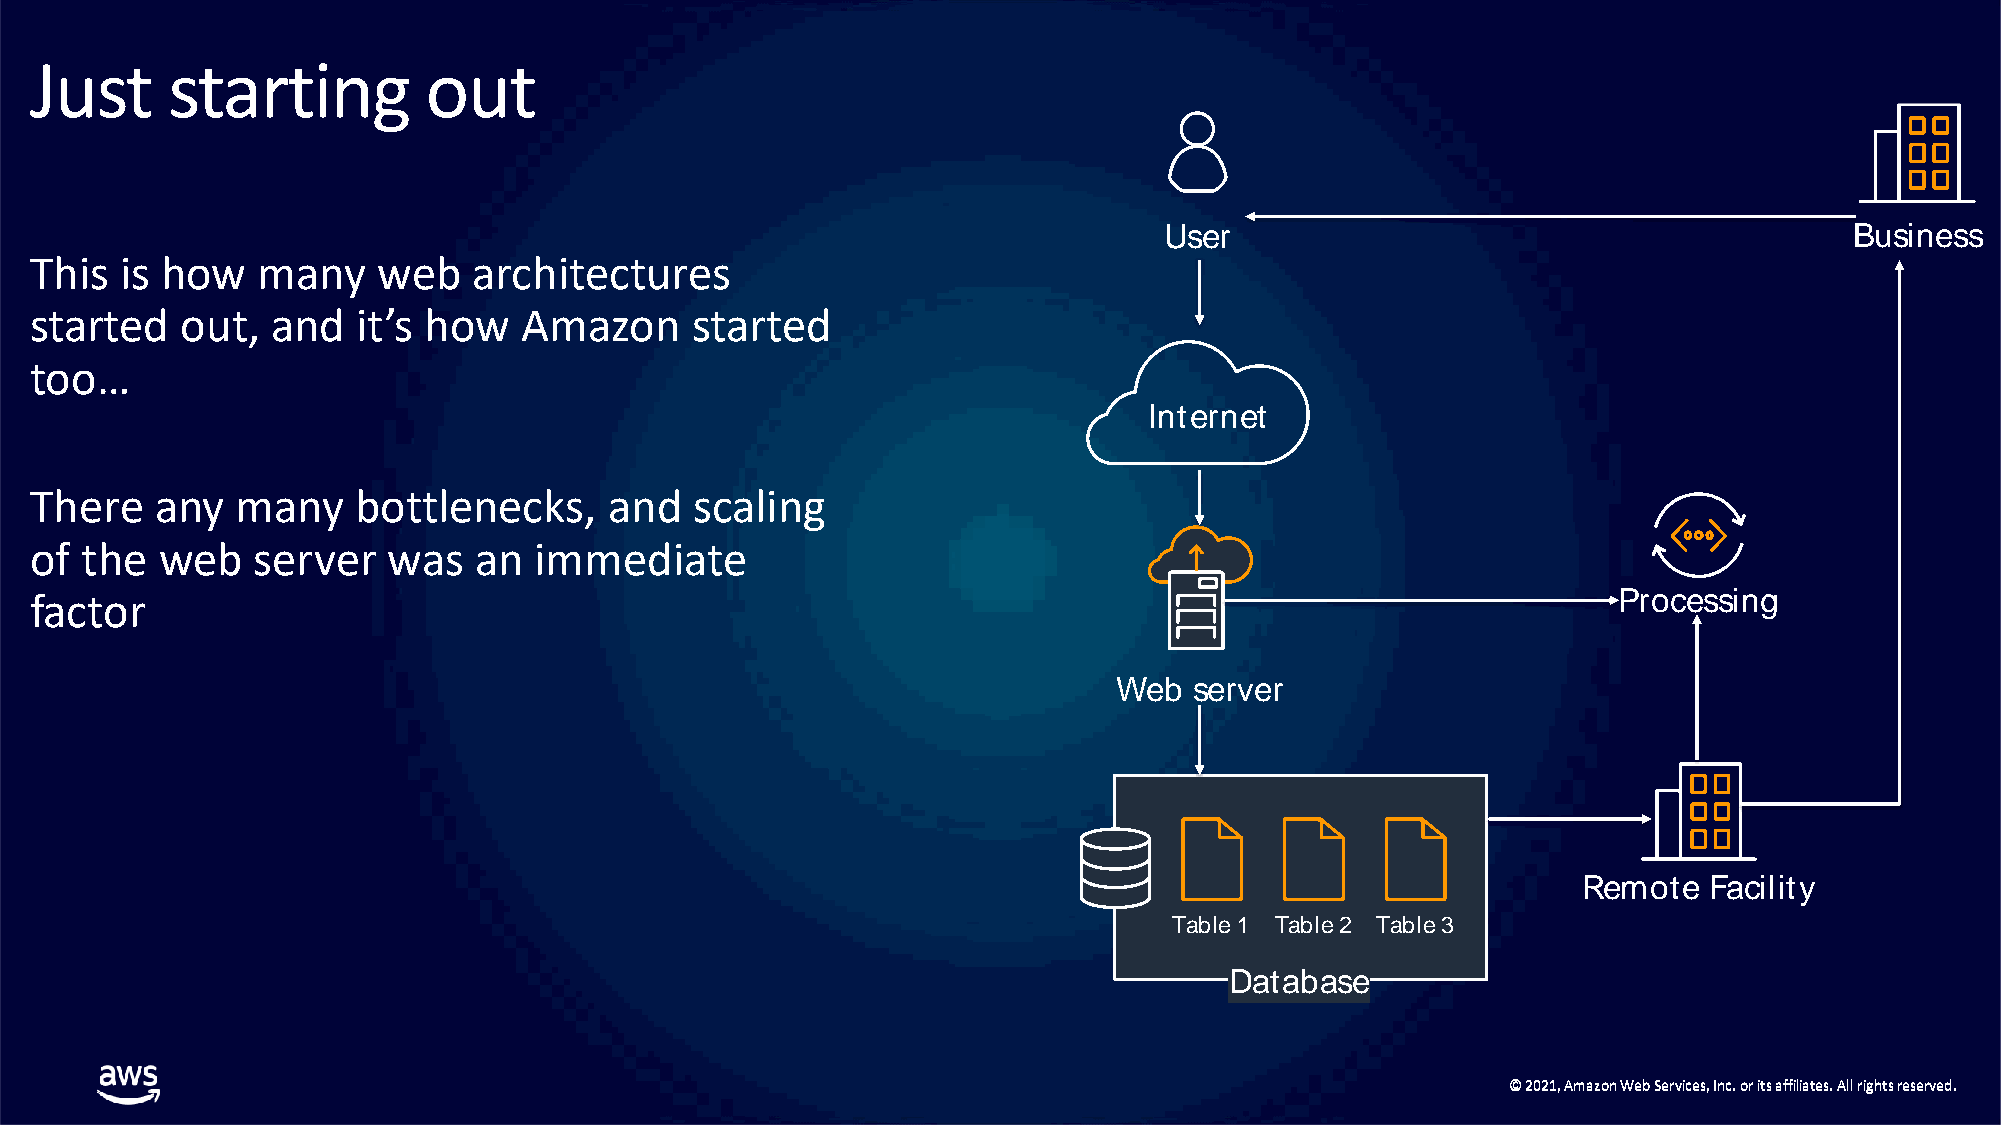
Just     starting         out
 User                                          Business
 This  is how   many    web   architectures
 started   out,  and   it’s how   Amazon     started
 too…
 Internet
 There   any   many   bottlenecks,     and   scaling
 of the  web    server   was  an  immediate
 factor                                                                                                   Processing
 Web  server
 Remote  Facility
 TTaabbllee 11 Table 2 TTaabbllee 33
 Database
 ©© 22002211,, AAmmaazzoonn WWeebb SSeerrvviicceess,, IInncc.. oorr iittss aaffffiilliiaatteess.. AAllll rriigghhttss rreesseerrvveedd..